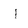
Character: l